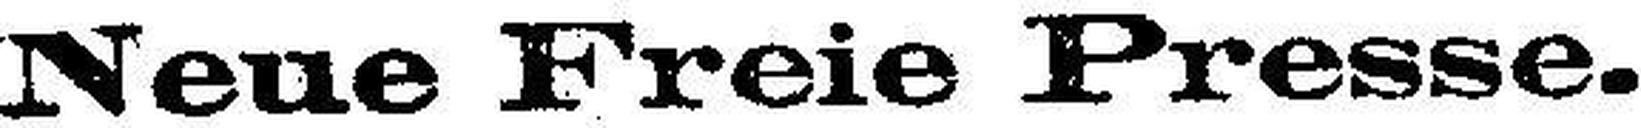
Neue Freie Presse.